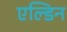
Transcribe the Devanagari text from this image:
एल्डिन